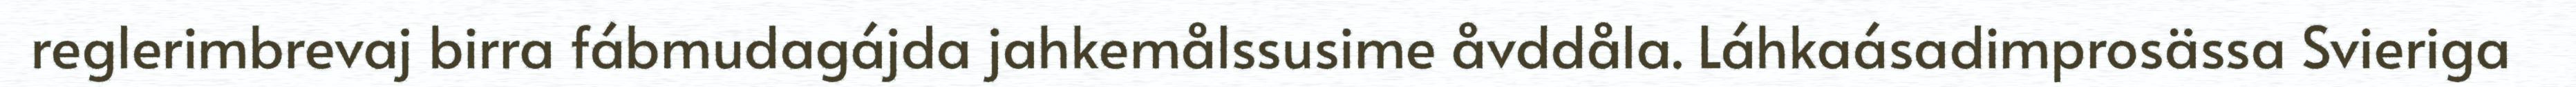
reglerimbrevaj birra fábmudagájda jahkemålssusime åvddåla. Láhkaásadimprosässa Svieriga